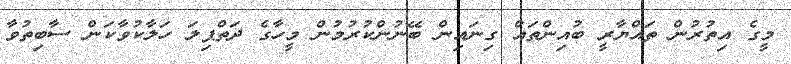
މީގެ އިތުރުން ތައްޔާރީ ބުއިންތައް ގިނައިން ބޭނުންކުރުމުން މީހާގެ ދަތްޕިލަ ހަލާކުވާކަން ސާބިތުވާ